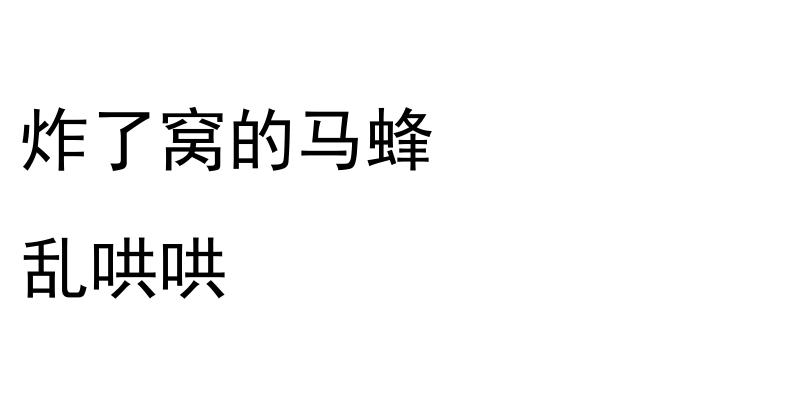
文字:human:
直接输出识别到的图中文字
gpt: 炸了窝的马蜂 乱哄哄